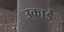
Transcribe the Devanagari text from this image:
उकार्डे